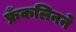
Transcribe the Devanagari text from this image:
फ्रँकलिनने